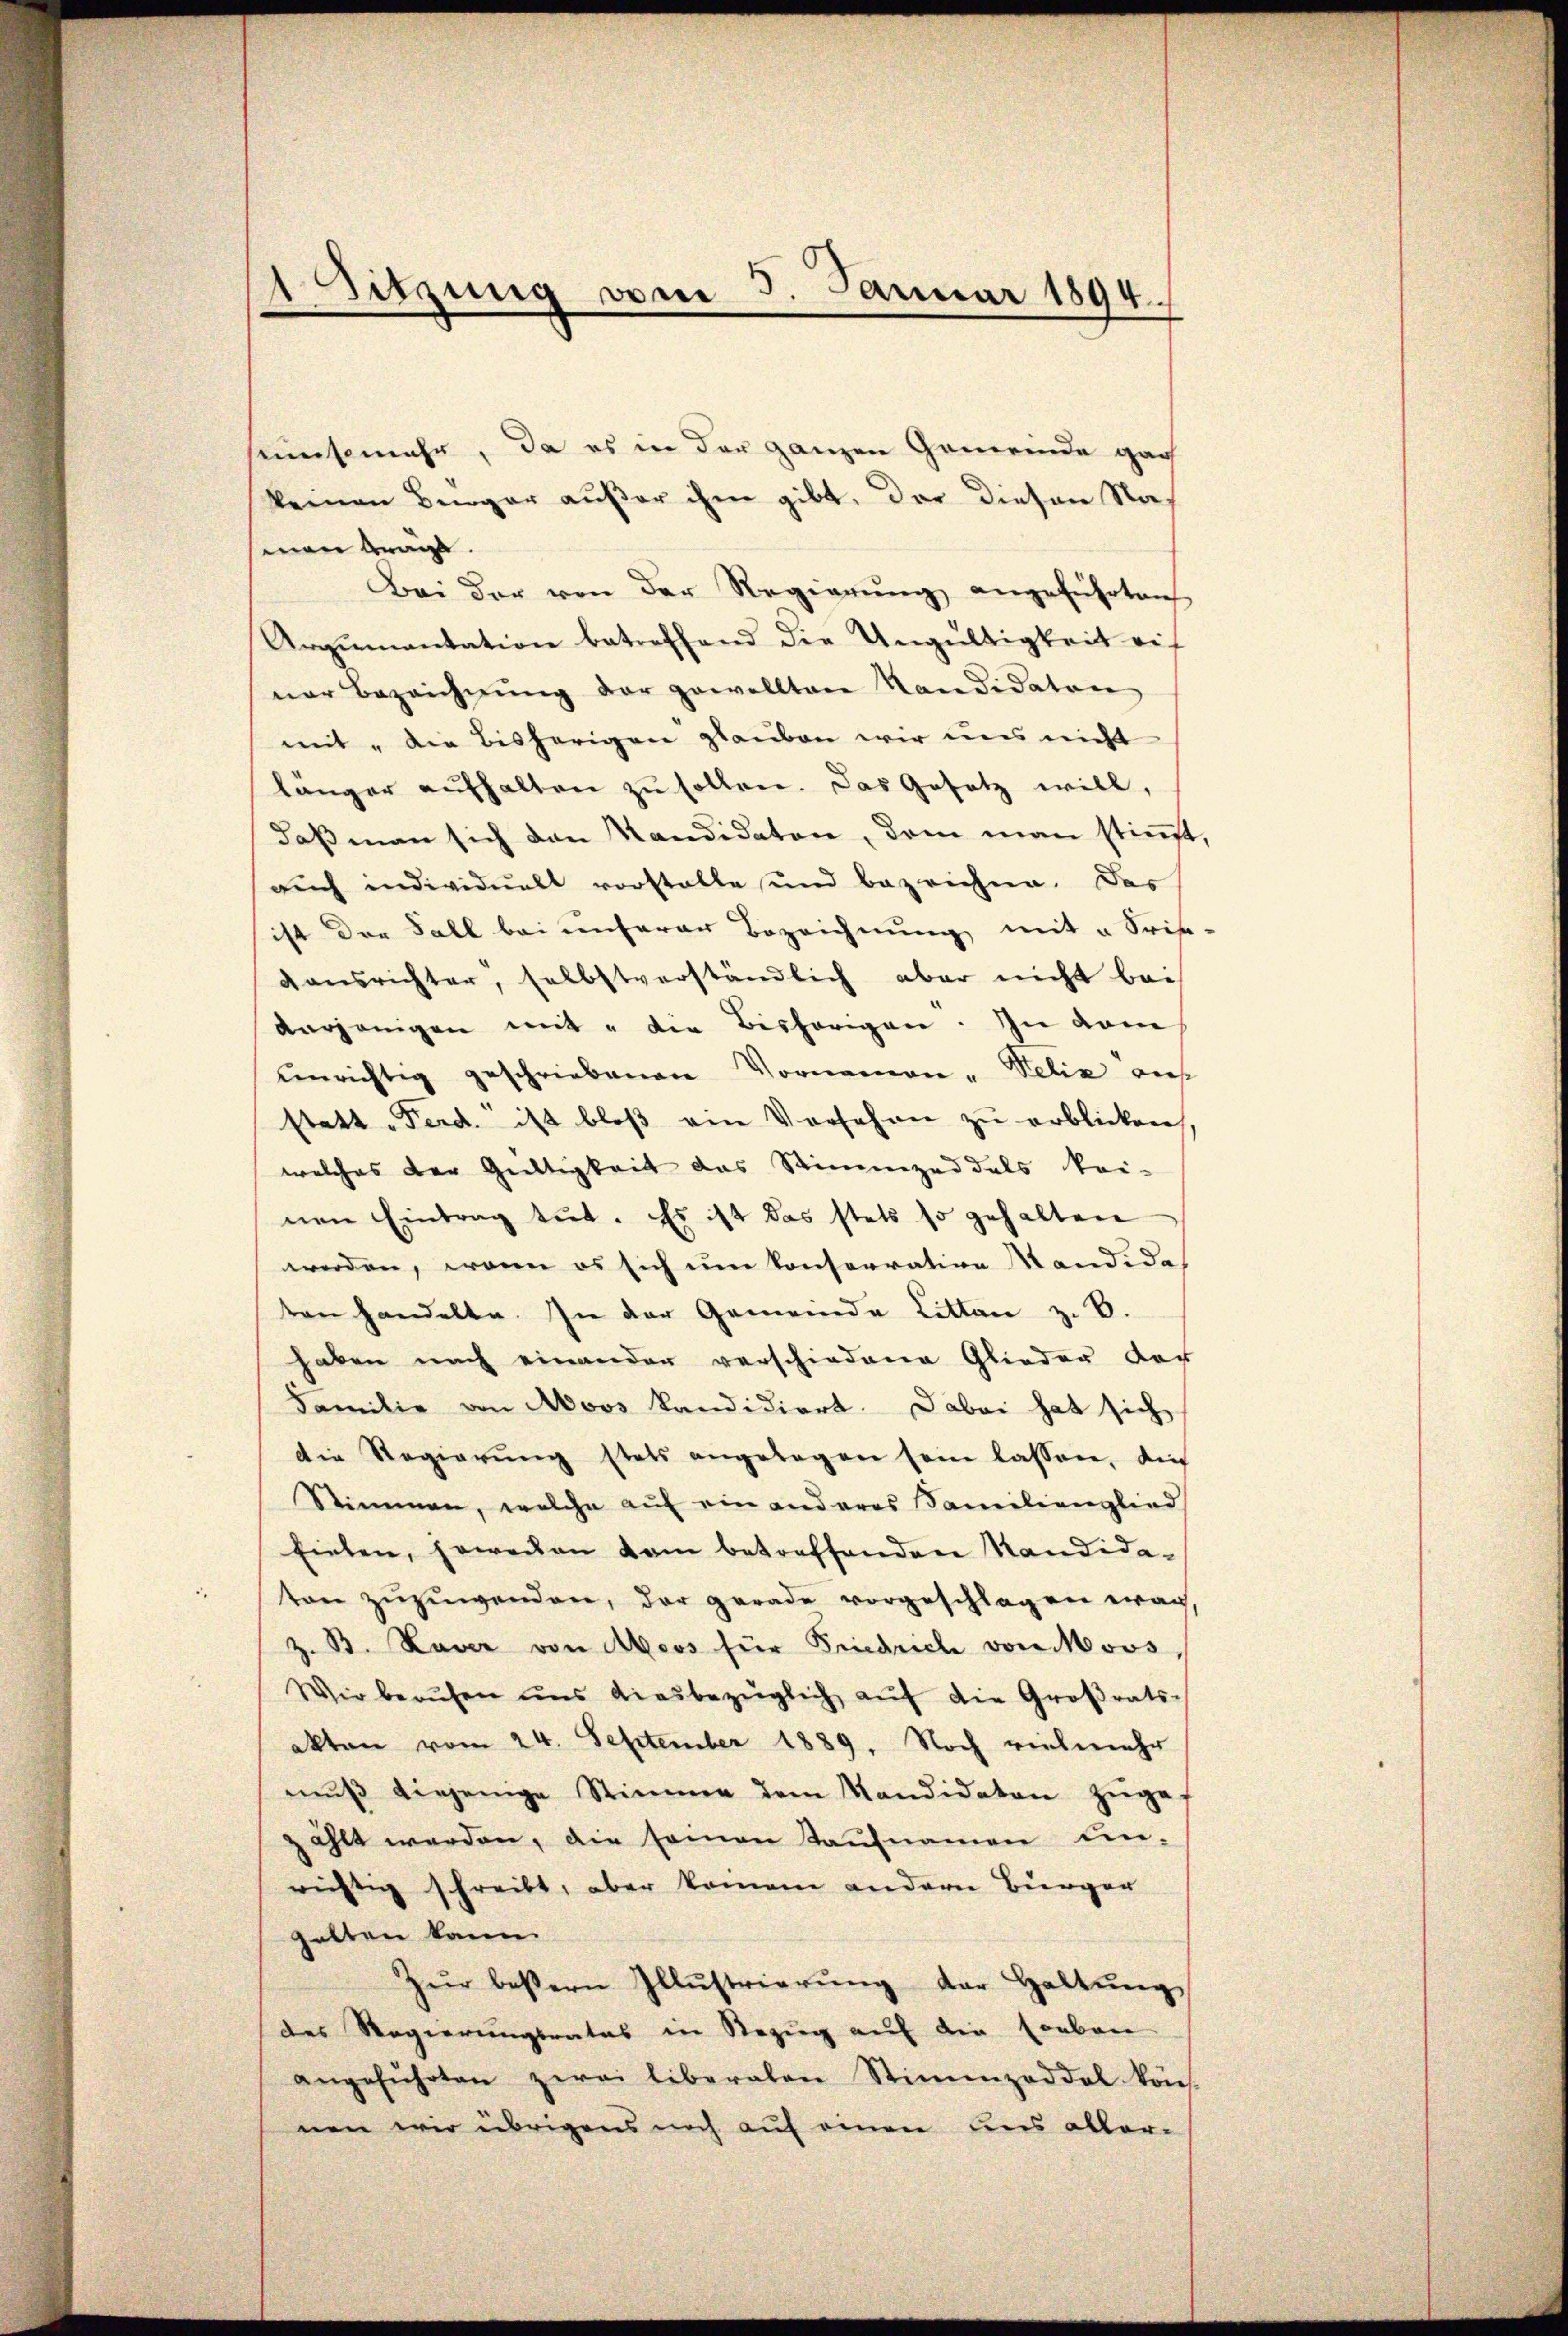
Sitzung vom 5. Januar 1894.

seisemehr, da es in der ganzen Gemeinde gar
keinen Bürger außer ihm gibt. Der Diesen Naman bra
Bei der von der Regierŭng angeführten
Argumentation betreffend die Ungültigkeit eif
ner Bezeichnŭng der gewolltene Kandidaten
mit „die bisherigen glauben wir uns nicht
länger aufhalten zu sollen. Das Gesetz will,
daβ man sich den Kandidaten, dem man stimmt,
auch individuell vorstelle und bezeichne. Das
ist der Fall bei unserer Bezeichnung mit „Srie-
gansrichter, selbstverständlich aber nicht bei
verjenigen mit " die Bisherigen. In vom
unrichtig geschriebenen Vornamen - Felix auf
statt „Ferd. ist bloß ein Versehen zu erblicken,
welches der Gültigkeit das Stimmzeddels kei-
nen Eintrag tut. Es ist das stets so gehalten
werden, wenn es sich um konsorration Kandida
ten handelte. In der Gemeinde Litten z. B.
haben nach einander verschiedene Glieder der
Familie von Moos kandidiert. Dabei hat sich
die Regierung stets angelegen sein lassen, die
Stimmen, welche auf ein anderes Familienglied
fielen, soweien vom betreffenden Kandidaton zŭzŭwenden, der gerade vorgeschlagen war,
B. Raver von Moos für Friedrich von Moos,
Wir berŭfen uns diesbezüglich aŭf die Großrats-
akten vom 24. September 1889. Noch vielmehr
mŭβ diejenige Stimme dem Mandidaten zŭge-
zahlt werden, die seinen Taufnamen un-
richtig schreibt, aber keinem andern Bürger
halten kann.
Zŭr bestern Illustrierŭng der Haltŭng
des Regierungsrates in Bezŭg aŭf die soeben
angeführten zwei liberalen Stimmzeddel kön-
nen wir übrigens noch auf einen uns aller-